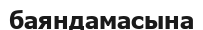
баяндамасына